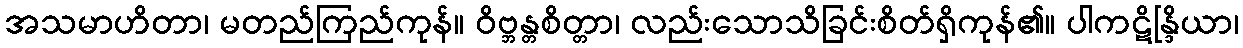
အသမာဟိတာ၊ မတည်ကြည်ကုန်။ ဝိဗ္ဘန္တစိတ္တာ၊ လည်းသောသိခြင်းစိတ်ရှိကုန်၏။ ပါကဋိန္ဒြိယာ၊